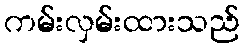
ကမ်းလှမ်းထားသည်